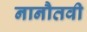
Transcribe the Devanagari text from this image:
नानौतवी